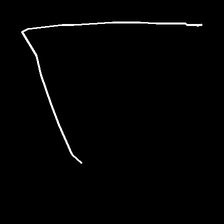
Glyph: region